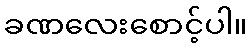
ခဏလေးစောင့်ပါ။